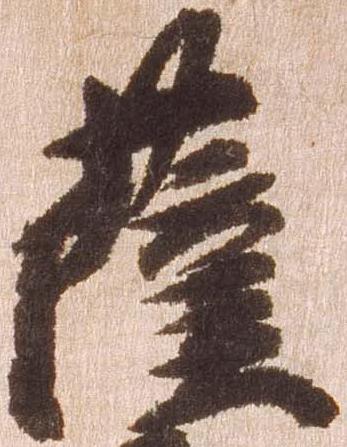
薩